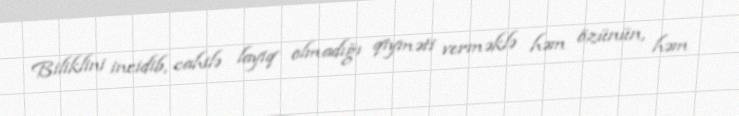
Biliklini incidib, cahilə layiq olmadığı qiyməti verməklə həm özünün, həm